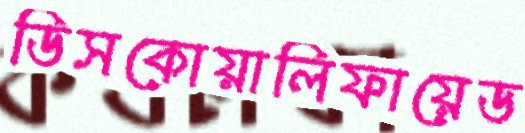
ডিসকোয়ালিফায়েড